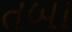
તબા